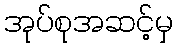
အုပ်စုအဆင့်မှ